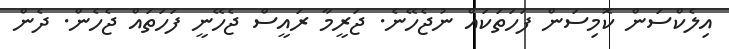
އިލެކްސަން ކޮމިސަން ފަހަތަކައް ނުޖެހޭނެ. ޖަރީމާ ރައީސް ޖެހޭނީ ފަހަތައް ޖެހެން. ދެން